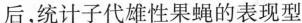
后，统计子代雄性果蝇的表现型